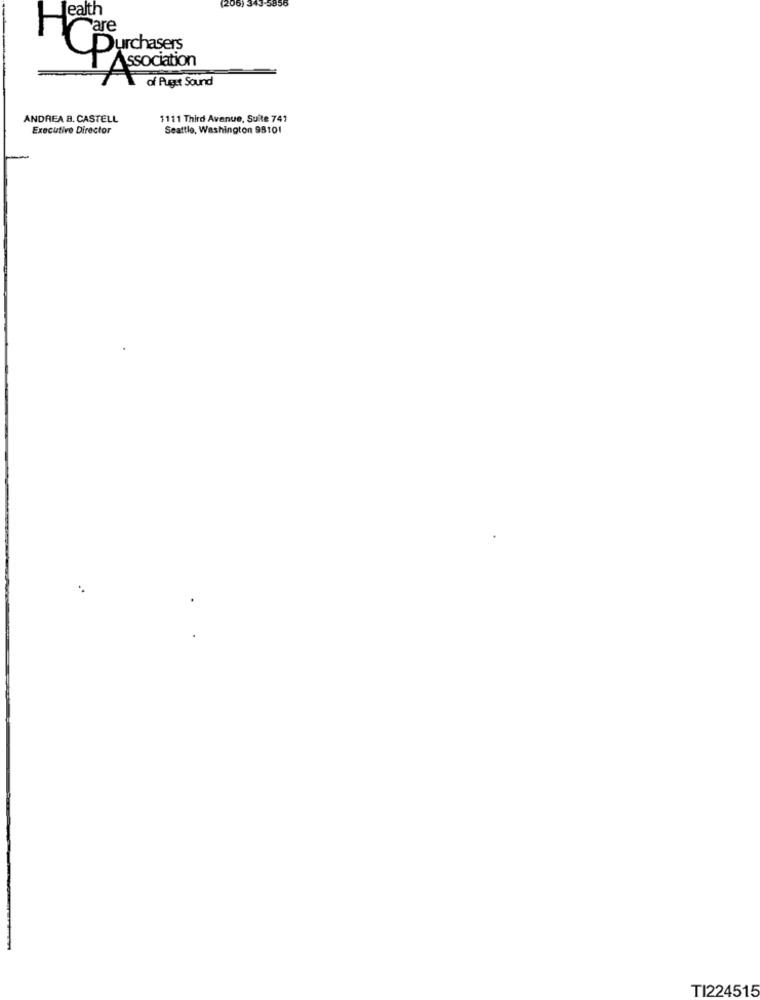
1206
lealth
343-5356
are
Purchasers
Association
of Puget Sound
ANDREA B. CASTELL
1111 Third Avenue, Suite 741
Executive Director
Seattle, Washington 98101
TI224515